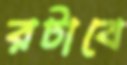
রটাবে